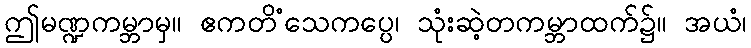
ဤမဏ္ဍကမ္ဘာမှ။ ဧကတိံသေကပ္ပေ၊ သုံးဆဲ့တကမ္ဘာထက်၌။ အယံ၊